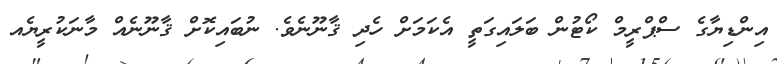
އިންޑިޔާގެ ސްޕްރީމް ކޯޓުން ބަލައިގަތީ އެކަމަށް ހެދި ޤާނޫނެވެ. ނުބައިކޮށް ޤާނޫނެއް މާނަކުރީޔެއ